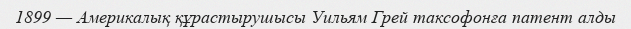
1899 — Америкалық құрастырушысы Уильям Грей таксофонға патент алды